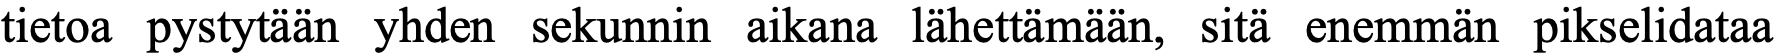
tietoa pystytään yhden sekunnin aikana lähettämään, sitä enemmän pikselidataa